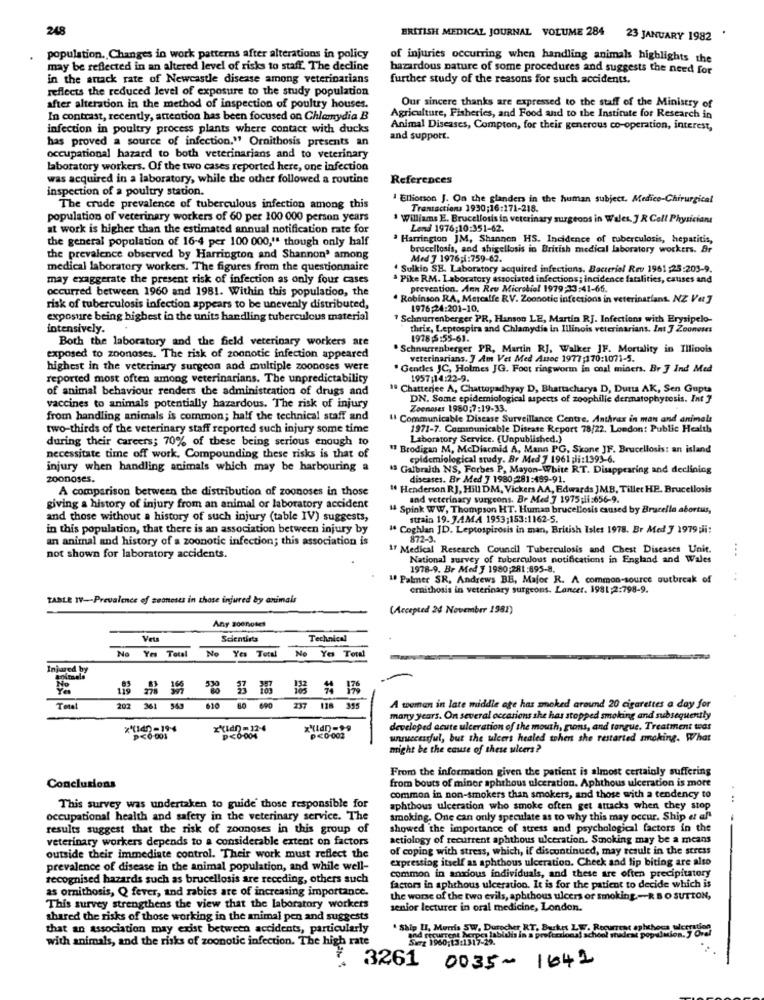
248
BRITISH MEDICAL JOURNAL VOLUME 284 23 JANUARY 1982
population. Changes in work patterns after alterations in policy
of injuries occurring when handling animals highlights the
may be reflected in an altered level of risks to staff. The decline
hazardous nature of some procedures and suggests the need for
in the anack rate of Newcastle disease among veterinarians
further study of the reasons for such accidents.
reflects the reduced level of exposure to the study population
after alteration in the method of inspection of poultry houses.
Our sincere thanks are expressed to the staff of the Ministry of
In contrast, recently, attention has been focused on Chlamydia B
Agriculture, Fisheries, and Food and to the Institute for Research in
infection in poultry process plants where contact with ducks
Animal Diseases, Compton, for their generous co-operation, interest,
has proved a source of infection." Ornithosis presents an
and support.
occupational hazard to both veterinarians and to veterinary
laboratory workers. Of the two cases reported here, one infection
was acquired in a laboratory, while the other followed a routine
References
inspection of a poultry station.
Ellionon J. On the glanders in the human subject. Medico-Chirurgical
The crude prevalence of tuberculous infection among this
Transactions 1930;16:171-218.
population of veterinary workers of 60 per 100 000 person years
Williams E. Brucellosis in veterinary surgeons in Wales, J R Coll Physicians
at work is higher than the estimated annual notification rate for
Lend 1976;10:351-62.
the general population of 16-4 per 100 000," though only half
Harrington JM, Shannen HS. Incidence of tuberculosis, hepatitis,
brucellosis, and shigellosis in British medical laboratory workers. Br
the prevalence observed by Harrington and Shannon' among
Med 7 1976;i:759-62.
medical laboratory workers. The figures from the questionnaire
Sulkio SB. Laboratory acquired infections. Bacterial Rev 1961:25:203-9.
may exaggerate the present risk of infection as only four cases
Pike RM. Laboratory associated infections; incidence fatalities, causes and
occurred between 1960 and 1981. Within this population, the
prevention. Ann Reu Microbial 1979:33:41-66.
Robinson RA, Metcalfe RV. Zoonotic infections in veterinarians. NZ Vet ]
risk of tuberculosis infection appears to be unevenly distributed,
1976;24:201-10.
exposure being highest in the units handling tuberculous material
" Schnurrenberger PR, Hanson LE, Martin RJ. Infections with Erysipelo-
intensively.
thrix, Leptospira and Chlamydia in Illinois veterinarians. Int J Zoonoses
Both the laboratory and the field veterinary workers are
1978 5:55-61.
"Schnurrenberger PR, Martin RJ, Walker JF. Mortality in Illinois
exposed to zoonoses. The risk of zoonotic infection appeared
veterinarians. ] Am Vet Med Assoc 1977;170:1071-5.
highest in the veterinary surgeon and multiple zoonoses were
Gentes JC, Holmes JG. Foot ringworin in coal miners. Br ] Ind Med
reported most often among veterinarians. The unpredictability
1957;14:22-9.
of animal behaviour renders the administration of drugs and
1º Chatterjee A, Chattopadhyay D, Bhattacharya D, Dutta AK, Sen Gupta
DN. Some epidemiological aspects of zoophilie dermatophytesis. Int ]
vaccines to animals potentially hazardous. The risk of injury
Zoonoses 1980;7:19-33.
from handling animals is common; half the technical staff and
Il Communicable Disease Surveillance Centre, Anthrax in man and animals
two-thirds of the veterinary staff reported such injury some time
1971-7. Communicable Disease Report 78/22. London: Public Health
during their careers; 70% of these being serious enough to
Laboratory Service. (Unpublished.)
I Brodigan M, McDiarmid A, Mann PG, Skone JF. Brucellosis: an island
necessitate time off work. Compounding these risks is that of
epidemiological study. Br Med 7 1961 ;li:1393-6.
injury when handling animals which may be harbouring a
1 Galbraith NS, Forbes P, Mayon-White RT. Disappearing and declining
zoonoses.
diseases. Br Med J 1980,281:489-91.
A comparison between the distribution of zoonoses in those
" Henderson RJ, Hill DM, Vickers AA, Edwards JMB, Tiller HE. Brucellosis
and veterinary surgeons. Br Med 7 1975;ii:656-9.
giving a history of injury from an animal or laboratory accident
" Spink WW, Thompson HT. Human brucellosis caused by Brucella abortus,
and those without a history of such injury (table IV) suggests,
strain 19. JAMA 1953;153:1162-5.
in this population, that there is an association between injury by
1. Coghlan JD. Leptospirosis in man, British Isles 1978. Br Med J 1979 ;ii:
an animal and history of a zoonotic infection; this association is
872-3.
If Medical Research Council Tuberculosis and Chest Diseases Unit.
not shown for laboratory accidents.
National survey of tuberculous notifications in England and Wales
1978-9. Br Med J 1980;281:695-8.
1º Palmer SR. Andrews BE, Major R. A common-source outbreak of
..
crnithosis in veterinary surgeons. Lancer. 1981;2:798-9.
TABLE IV -- Prevalence of seoneses in those injured by animais
(Accepted 24 November 1981)
Any zoonoses
Scientists
Technical
No Yes Total
No Yes Total
No Yo Total
-
Total
202 361 543
610 60 690
237
128
A woman in late middle age har smoked around 20 cigarettes a day for
many years. On several occasions she has stopped smoking and subsequently
** t4-19-4
developed acute ulceration of the mouth, gions, and tongue, Treatment wear
><6-001
p<0-004
P<0.002
unsuccessful, but the ulcers healed when she restarted smoking. What
might be the cause of these ulcers?
From the information given the patient is almost certainly suffering
from bouts of miner aphthous ulceration. Aphthous ulceration is more
Conclusions
common in non-smokers than smokers, and those with a tendency to
...
This survey was undertaken to guide those responsible for
aphthous ulceration who smoke often get attacks when they stop
occupational health and safety in the veterinary service. The
smoking. One can only speculate as to why this may occur. Ship et af'
results suggest that the risk of zoonoses in this group of
showed the importance of stress and psychological factors in the
veterinary workers depends to a considerable extent on factors
actiology of recurrent aphthous ulceration. Smoking may be a means
of coping with stress, which, if discontinued, may result in the stress
outside their immediate control. Their work must reflect the
expressing itself as aphthous ulceration. Check and lip biting are also
prevalence of disease in the animal population, and while well-
recognised hazards such as brucellosis are receding, others such
common in anxious individuals, and these are often precipitatory
as ornithosis, Q fever, and rabies are of increasing importance.
factors in aphthous ulceration. It is for the patient to decide which is
the worse of the two evils, aphthous ulcers of smoking-RB O SUTION,
This survey strengthens the view that the laboratory workers
senior lecturer in oral medicine, London.
shared the risks of those working in the animal pen and suggests
that an association may exist between accidents, particularly
" Ship II, Morris SW, Durocher RT, Barket LE
and recurrent herpes labialis in a preferzions! xd
with animals, and the risks of zoonotic infection. The high rate
3261
0035 - 1642